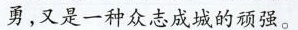
勇，又是一种众志成城的顽强。